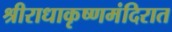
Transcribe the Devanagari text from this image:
श्रीराधाकृष्णमंदिरात